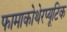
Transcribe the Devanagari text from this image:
फामाकोथेरप्यूटिक